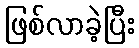
ဖြစ်လာခဲ့ပြီး